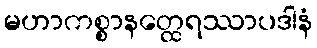
မဟာကစ္စာနတ္ထေရဿာပဒါနံ